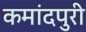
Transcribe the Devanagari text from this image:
कमांदपुरी